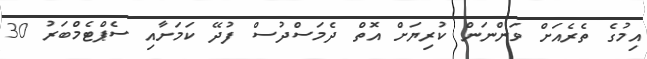
އިމުގެ ތެރެއަށް ވަންނަން ކުރިޔަށް އޮތް ދެމަސްދުސް ފުދޭ ކަމަށާއި ސެޕްޓެމްބަރު 30